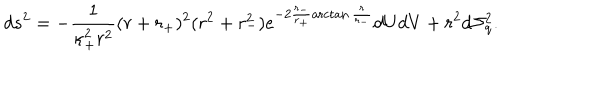
d s ^ { 2 } = - \frac { 1 } { \kappa _ { + } ^ { 2 } r ^ { 2 } } ( r + r _ { + } ) ^ { 2 } ( r ^ { 2 } + r _ { - } ^ { 2 } ) e ^ { - 2 \frac { r _ { - } } { r _ { + } } \operatorname { a r c t a n } \frac { r } { r _ { - } } } d U d V + r ^ { 2 } d \Sigma _ { q } ^ { 2 } .